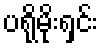
ပရိုမိုးရှင်း